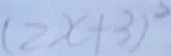
( 2 x + 3 ) ^ { 2 }